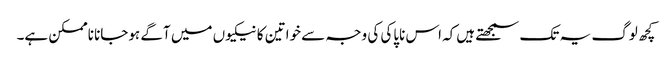
کچھ لوگ یہ تک سمجھتے ہیں‌کہ اس ناپاکی کی وجہ سے خواتین کا نیکیوں‌ میں‌ آگے ہوجانا ناممکن ہے۔